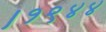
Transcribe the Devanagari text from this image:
।१९४४